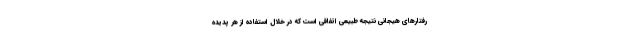
رفتارهای هیجانی نتیجه طبیعی اتفاقی است که در خلال استفاده از هر پدیده